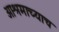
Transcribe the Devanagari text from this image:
आश्रमाच्याच